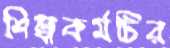
শিল্পকর্মটির